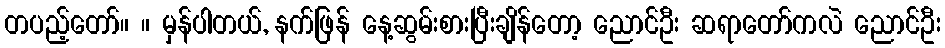
တပည့်တော်။ ။ မှန်ပါတယ်, နက်ဖြန် နေ့ဆွမ်းစားပြီးချိန်တော့ ညောင်ဦး ဆရာတော်ကလဲ ညောင်ဦး